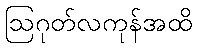
ဩဂုတ်လကုန်အထိ